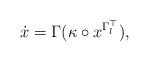
LaTeX: \begin{align*}\dot{x} = \Gamma (\kappa \circ x^{\Gamma_l^\top}),\end{align*}